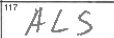
Transcription: ALS